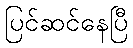
ပြင်ဆင်နေပြီ